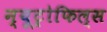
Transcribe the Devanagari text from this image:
न्यूट्रोफिल्स